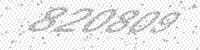
Solution: 820809